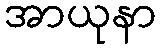
အာယုနာ